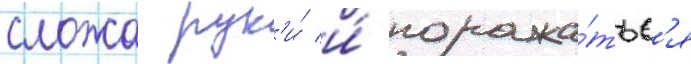
сложа рук'и́ и́ поража́тьс'я